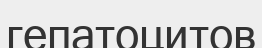
гепатоцитов